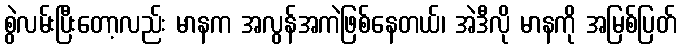
စွဲလမ်းပြီးတော့လည်း မာနက အလွန်အကဲဖြစ်နေတယ်၊ အဲဒီလို မာနကို အမြစ်ပြတ်